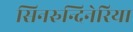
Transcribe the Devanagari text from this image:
सिनरुन्दिनेरिया